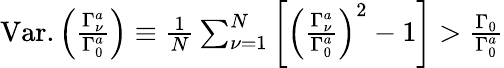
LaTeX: \begin{array}{r}{\mathrm{Var.}\left(\frac{\Gamma_{\nu}^{a}}{\Gamma_{0}^{a}}\right)\equiv\frac{1}{N}\sum_{\nu=1}^{N}\left[\left(\frac{\Gamma_{\nu}^{a}}{\Gamma_{0}^{a}}\right)^{2}-1\right]>\frac{\Gamma_{0}}{\Gamma_{0}^{a}}}\end{array}